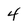
Character: 4